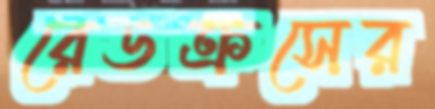
রেডক্রসের